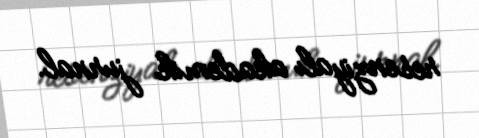
resenziyalı akademik jurnal.